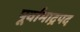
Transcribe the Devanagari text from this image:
पूर्वाभाद्रपद